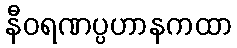
နီဝရဏပ္ပဟာနကထာ